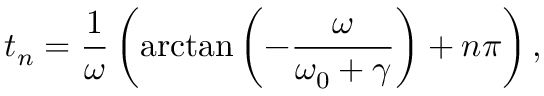
t _ { n } = \frac { 1 } { \omega } \left( \arctan \left( - \frac { \omega } { \omega _ { 0 } + \gamma } \right) + n \pi \right) ,